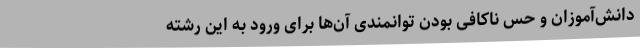
دانش‌آموزان و حس ناکافی بودن توانمندی آن‌ها برای ورود به این رشته